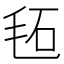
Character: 𣭏